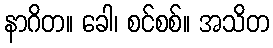
နာဂိတ။ ခေါ၊ စင်စစ်။ အသိတ